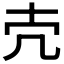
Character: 𪞱